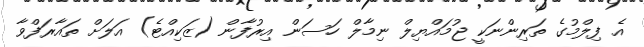
އެ ފިލްމުގެ ތަރިންނަކީ ޖުމައްޔިލް ނިމާލް ހަސަން އިރުފާން (ޒަކިއްޓެ) އަލަށް ތައާރަފްވާ